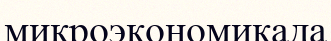
микроэкономикада